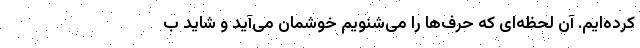
کرده‌ایم. آن لحظه‌ای که حرف‌ها را می‌شنویم خوشمان می‌آید و شاید ب